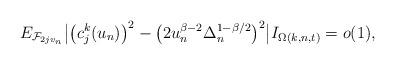
LaTeX: \begin{align*} E_{\mathcal{F}_{2jv_n}}\bigl|\bigl(c^k_j(u_ n)\bigr)^2-\bigl(2u_n^{\beta-2}\Delta_n^{1-\beta/2}\bigr)^2\bigr|I_{\Omega(k, n, t)}=o(1),\end{align*}